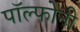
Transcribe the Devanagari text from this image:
पॉल्फोनी